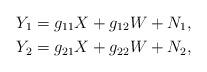
LaTeX: \begin{align*} Y_1 = g_{11}X + g_{12}W + N_1, \\ Y_2 = g_{21}X + g_{22}W + N_2,\end{align*}